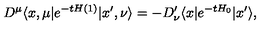
D ^ { \mu } \langle x , \mu | e ^ { - t H ( 1 ) } | x ^ { \prime } , \nu \rangle = - D _ { \nu } ^ { \prime } \langle x | e ^ { - t H _ { 0 } } | x ^ { \prime } \rangle ,